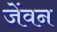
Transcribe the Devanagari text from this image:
जेंवन